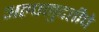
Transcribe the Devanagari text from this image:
अल्पमुदतीचे